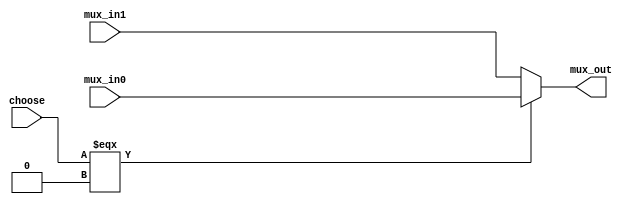
// --------------------------------------------------------------------------------
//  Company: MSI
//  Design Name: 
//  Module Name:    mux - Behavioral 
// --------------------------------------------------------------------------------


`define false 1'b 0
`define FALSE 1'b 0
`define true 1'b 1
`define TRUE 1'b 1

`timescale 1 ns / 1 ns // timescale for following modules


module mux (
   mux_in0,
   mux_in1,
   choose,
   mux_out);
 
parameter N = 17;

input   [N - 1:0] mux_in0; 
input   [N - 1:0] mux_in1; 
input   choose; 
output   [N - 1:0] mux_out; 

wire    [N - 1:0] mux_out; 

assign mux_out = choose === 1'b 0 ? mux_in0 : 
	mux_in1; 

endmodule // module mux